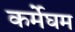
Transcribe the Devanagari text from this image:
कर्मेघम